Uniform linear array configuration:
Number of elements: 8
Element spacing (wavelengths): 1
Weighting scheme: uniform
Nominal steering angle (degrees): -30
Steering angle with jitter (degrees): -28.808
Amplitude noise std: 0.05
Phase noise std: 0.05

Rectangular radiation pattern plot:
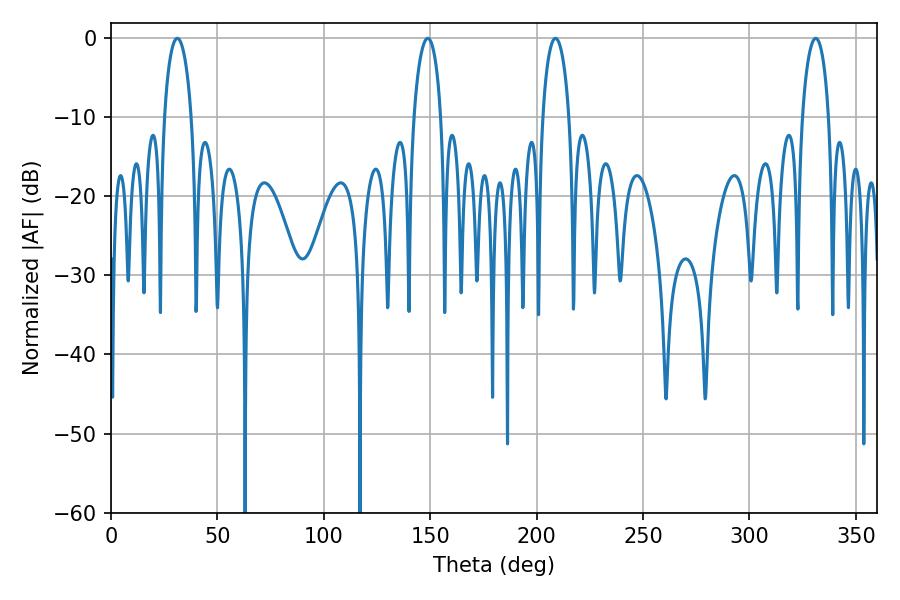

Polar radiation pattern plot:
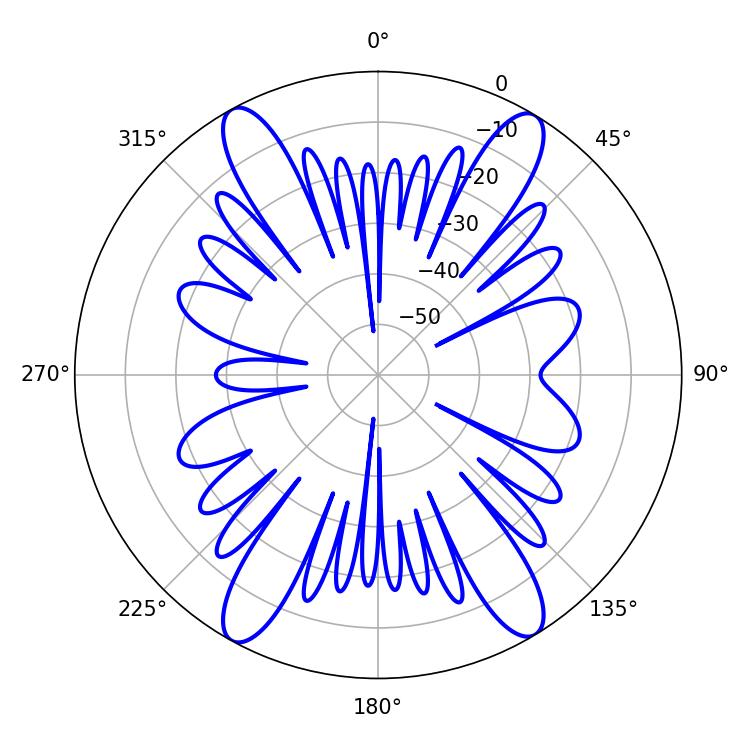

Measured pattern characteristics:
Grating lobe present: TRUE
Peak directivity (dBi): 21.994
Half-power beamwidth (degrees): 7.38
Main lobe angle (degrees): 31.14